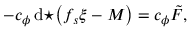
- c _ { \phi } \, \mathrm { d } { \star \! \left( f _ { s } \xi - { \cal M } \right) } = c _ { \phi } \tilde { F } ,